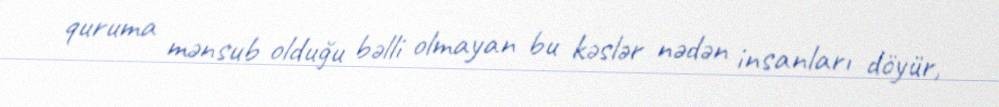
quruma mənsub olduğu bəlli olmayan bu kəslər nədən insanları döyür,